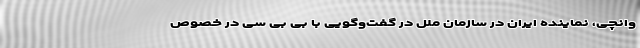
وانچی، نماینده ایران در سازمان ملل در گفت‌وگویی با بی بی سی در خصوص